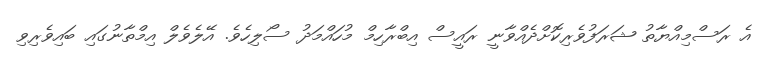
އެ ރަސްމިއްޔާތު ޝަރަފުވެރިކޮށްދެއްވާނީ ރައީސް އިބްރާހިމް މުހައްމަދު ސޯލިހެވެ. އޭލެވެލް އިމްތާނުގައި ބައިވެރިވި